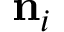
\mathbf { n } _ { i }